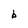
Character: b